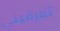
تعرفيني